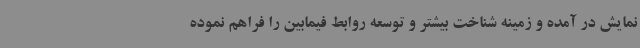
نمایش در آمده و زمینه شناخت بیشتر و توسعه روابط فیمابین را فراهم نموده